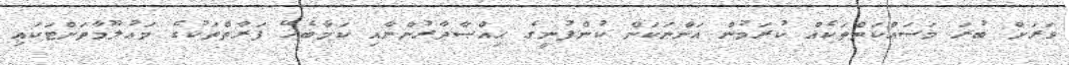
ވަރަށް ބުރަ މަސައްކަތްތަކެއް ކުރަމުން އަންނަކަން ކުންފުނީގެ ޙިއްޞާދާރުންނާއި ކަމާބެހޭ ފަރާތްތަކުގެ މަޢުލޫމާތަށްޓަކައި